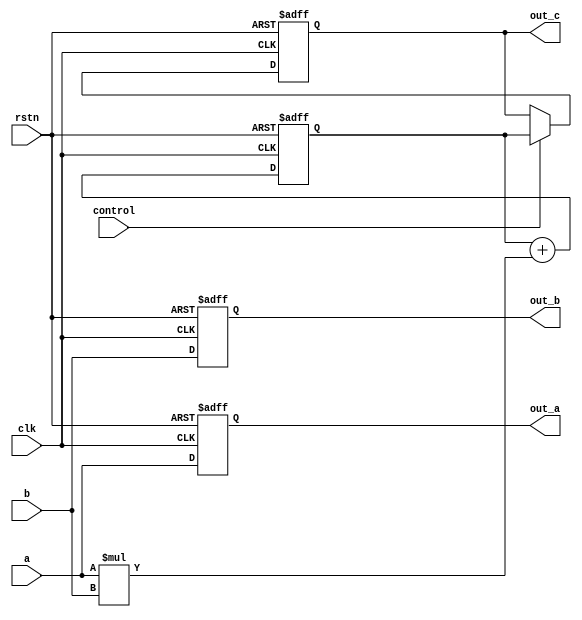
module PE_1(clk,rstn, a, b, out_a,out_b,control,out_c);

parameter C_WIDTH = 32;
parameter WIDTH = 8;

input clk,rstn;
input [WIDTH-1:0] a;
input [WIDTH-1:0] b;
input control;


output reg [WIDTH-1:0] out_a;
output reg [WIDTH-1:0] out_b;

output reg [C_WIDTH-1:0] out_c;


always@(posedge clk, negedge rstn)
begin
	if(!rstn)
	begin
		out_a <=0;
		out_b <=0;		
	end
	else
	begin
		out_a <=a;
		out_b <=b;
	end	
end

reg [C_WIDTH-1:0] reg_c;

always@(posedge clk, negedge rstn)
begin
	if(!rstn)
	begin
		reg_c <=0;
	end
	else
	begin
		reg_c <= reg_c + (a*b);

	end
end

always@(posedge clk, negedge rstn)
begin
	if(!rstn)
	begin
		out_c <= 0;
	end
	else
	begin
		if(control)
		begin
			out_c <= reg_c;
		end
		else
		begin
			out_c<=out_c;
		end
	end
end

endmodule